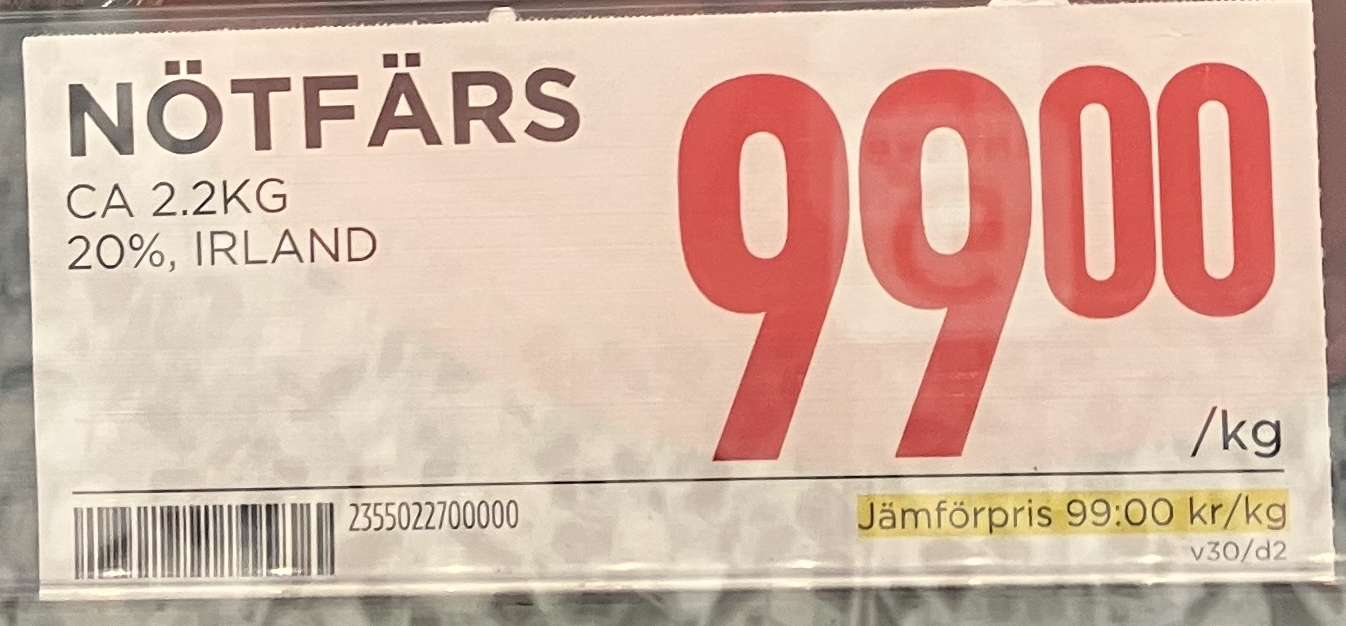
Vara: Nötfärs
Genomsnittspris: 99 per kg